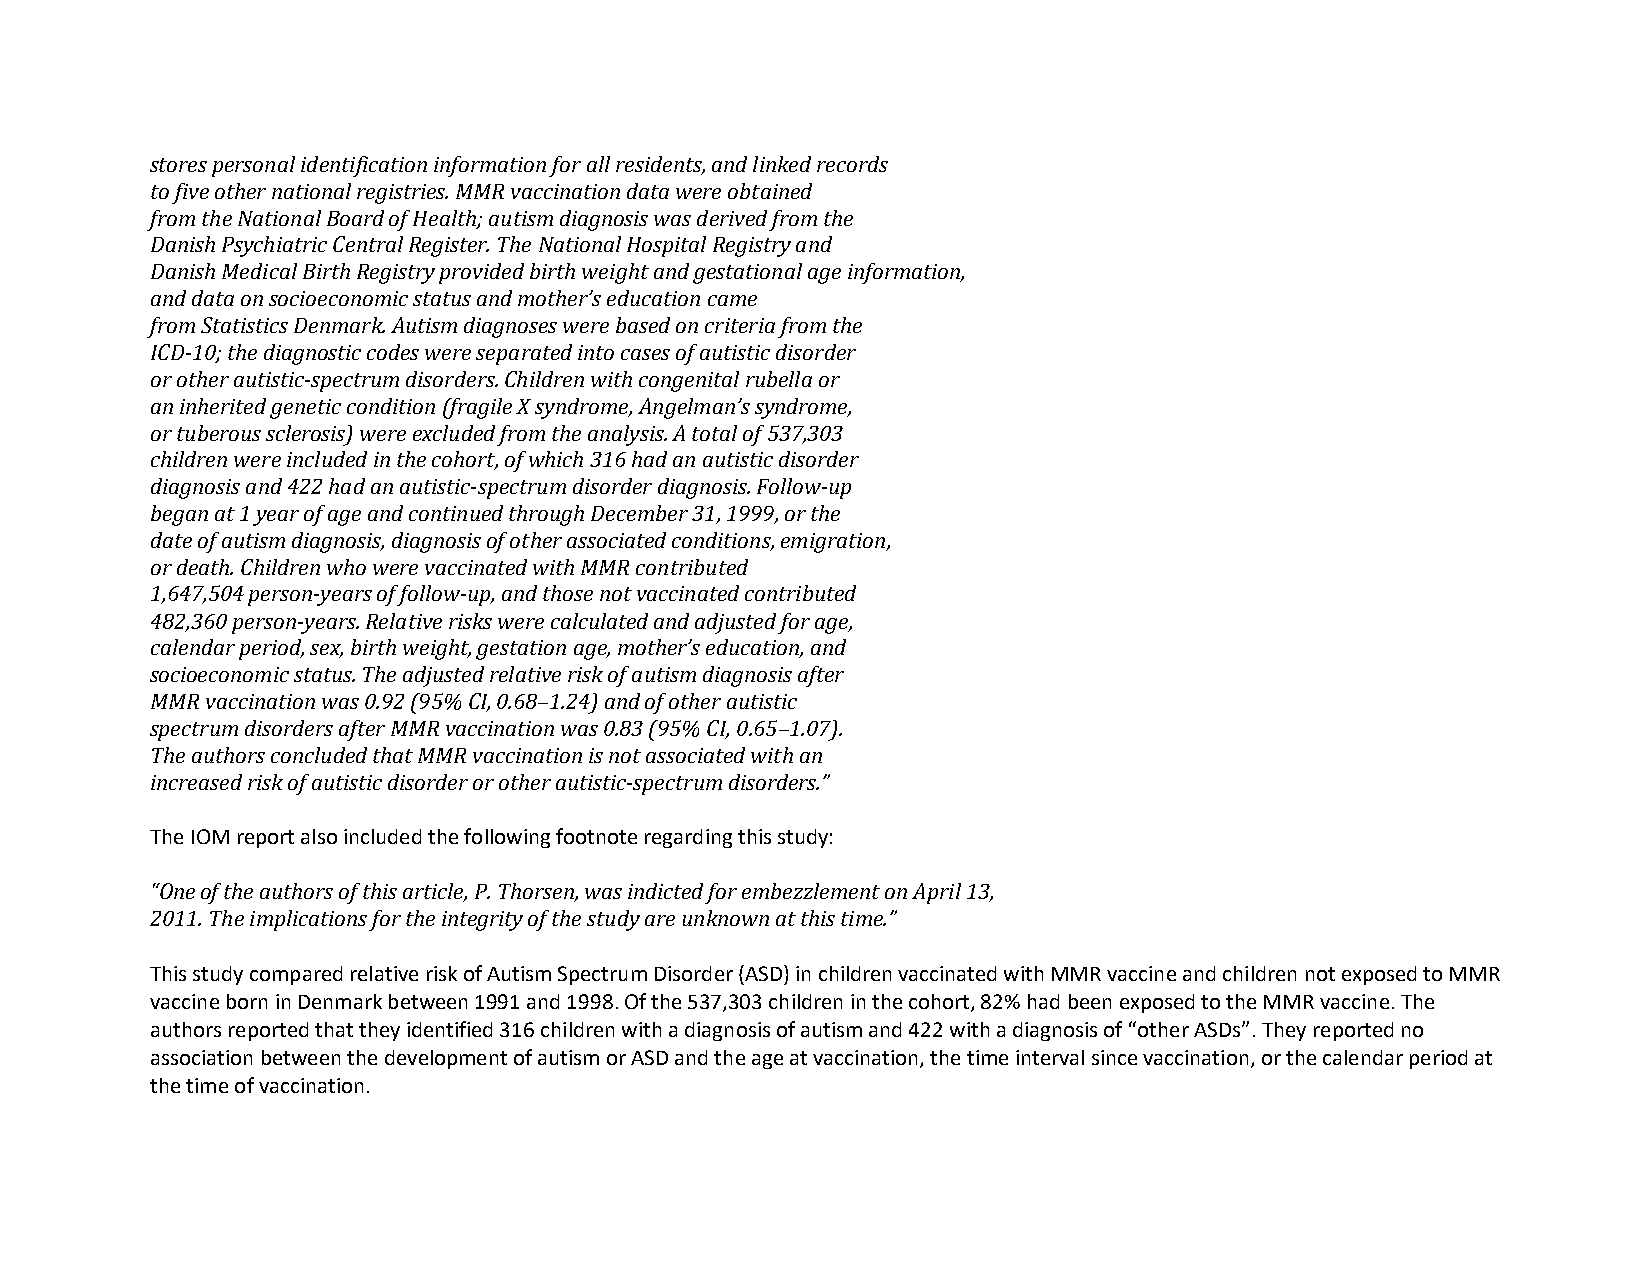
stores personal identification information for all residents, and linked records
 to five other national registries. MMR vaccination data were obtained
 from the National Board of Health; autism diagnosis was derived from the
 Danish Psychiatric Central Register. The National Hospital Registry and
 Danish Medical Birth Registry provided birth weight and gestational age information,
 and data on socioeconomic status and mother’s education came
 from Statistics Denmark. Autism diagnoses were based on criteria from the
 ICD-10; the diagnostic codes were separated into cases of autistic disorder
 or other autistic-spectrum disorders. Children with congenital rubella or
 an inherited genetic condition (fragile X syndrome, Angelman’s syndrome,
 or tuberous sclerosis) were excluded from the analysis. A total of 537,303
 children were included in the cohort, of which 316 had an autistic disorder
 diagnosis and 422 had an autistic-spectrum disorder diagnosis. Follow-up
 began at 1 year of age and continued through December 31, 1999, or the
 date of autism diagnosis, diagnosis of other associated conditions, emigration,
 or death. Children who were vaccinated with MMR contributed
 1,647,504 person-years of follow-up, and those not vaccinated contributed
 482,360 person-years. Relative risks were calculated and adjusted for age,
 calendar period, sex, birth weight, gestation age, mother’s education, and
 socioeconomic status. The adjusted relative risk of autism diagnosis after
 MMR vaccination was 0.92 (95% CI, 0.68–1.24) and of other autistic
 spectrum disorders after MMR vaccination was 0.83 (95% CI, 0.65–1.07).
 The authors concluded that MMR vaccination is not associated with an
 increased risk of autistic disorder or other autistic-spectrum disorders.”
 The IOM report also included the following footnote regarding this study:
 “One of the authors of this article, P. Thorsen, was indicted for embezzlement on April 13,
 2011. The implications for the integrity of the study are unknown at this time.”
 This study compared relative risk of Autism Spectrum Disorder (ASD) in children vaccinated with MMR vaccine and children not exposed to MMR
 vaccine born in Denmark between 1991 and 1998. Of the 537,303 children in the cohort, 82% had been exposed to the MMR vaccine. The
 authors reported that they identified 316 children with a diagnosis of autism and 422 with a diagnosis of “other ASDs”. They reported no
 association between the development of autism or ASD and the age at vaccination, the time interval since vaccination, or the calendar period at
 the time of vaccination.